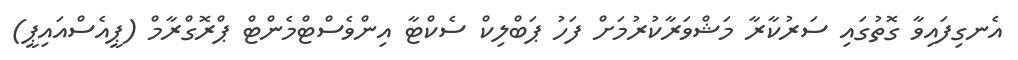
އެނގިފައިވާ ގޮތުގައި ސަރުކާރާ މަޝްވަރާކުރުމަށް ފަހު ޕަބްލިކް ސެކްޓާ އިންވެސްޓްމެންޓް ޕްރޮގްރާމް (ޕީއެސްއައިޕީ)